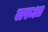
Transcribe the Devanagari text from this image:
लरूआ